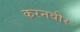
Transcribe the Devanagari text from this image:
करनवीर